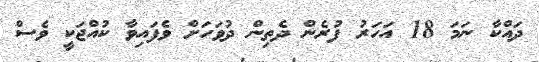
ދައްކާ ނަމަ 18 އަހަރު ފުރެން ދެތިން ދުވަހަށް ވެފައިވާ ކުއްޖަކީ ވެސް